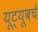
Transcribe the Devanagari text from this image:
यूट्यूबचे